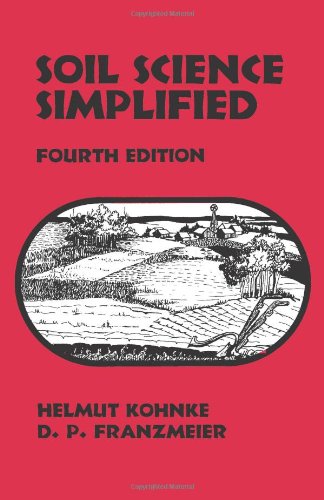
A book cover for Soil Science Simplified; Helmut Kohnke; Science & Math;